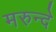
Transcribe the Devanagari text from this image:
मरुन्दे